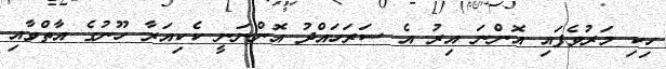
ހިކި މަރުވެފައި އޮންނަ އިރު އެ ސަރަހައްދު އޮންނަނީ ކެކިއަރާ ހޫނުގެ އާތްވާއި